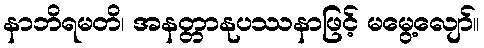
နာဘိရမတိ၊ အနတ္တာနုပဿနာဖြင့် မမွေ့လျော်။